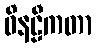
ဝိနဠီကတာ